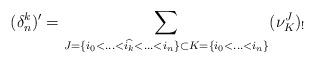
LaTeX: \begin{align*}(\delta_n^k)'= \sum_{J=\{i_0<\hdots<\widehat{i_k}<\hdots<i_n\} \subset K=\{i_0<\hdots<i_n\} }(\nu_{K}^J)_!\end{align*}